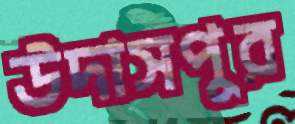
উদাসপুর